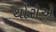
થોરોએ